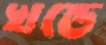
খন্ডে